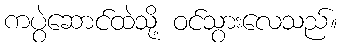
ကပွဲဆောင်ထဲသို့ ဝင်သွားလေသည်။